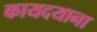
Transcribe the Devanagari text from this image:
कायदयाना